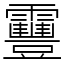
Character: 靊